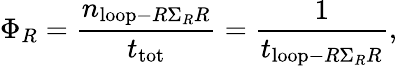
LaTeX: \Phi_{R}=\frac{n_{\mathrm{loop}-R\Sigma_{R}R}}{t_{\mathrm{tot}}}=\frac{1}{t_{\mathrm{loop}-R\Sigma_{R}R}},